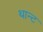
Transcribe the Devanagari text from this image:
थान्ट